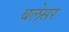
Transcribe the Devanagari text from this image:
बलेसर